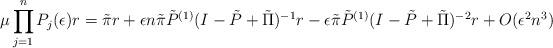
LaTeX: \begin{align*}\mu\prod_{j=1}^{n}P_j(\epsilon)r = \tilde{\pi} r + \epsilon n \tilde{\pi}\tilde{{P}}^{(1)}(I-\tilde{P}+\tilde{\Pi})^{-1}r - \epsilon \tilde{\pi}\tilde{P}^{(1)}(I-\tilde{P}+\tilde{\Pi})^{-2}r + O(\epsilon^{2}n^3)\end{align*}